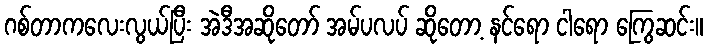
ဂစ်တာကလေးလွယ်ပြီး အဲဒီအဆိုတော် အမ်ပလပ် ဆိုတော့ နင်ရော ငါရော ကြွေဆင်း။